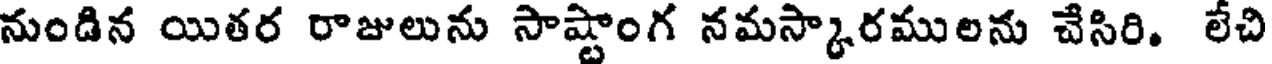
నుండిన యితర రాజులును సాష్టాంగ నమస్కారములను చేసిరి. లేచి